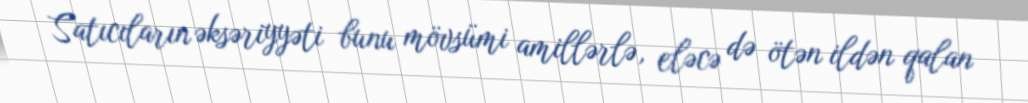
Satıcıların əksəriyyəti bunu mövsümi amillərlə, eləcə də ötən ildən qalan